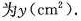
为y（c m ^ { 2 }）